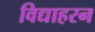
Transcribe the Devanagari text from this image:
विद्याहरन